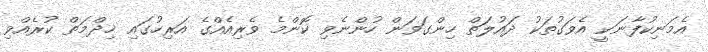
އެމަނިކުފާނަކީ އެވަގުތަކު ދައުލަތް ހިންގަވަން ހުންނެވި ކޮންމެ ވެރިއެއްގެ އަރިހުގައި ޚިދްމަތް ކުރެއްވި